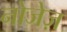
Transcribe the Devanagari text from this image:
नोजेज़